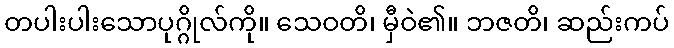
တပါးပါးသောပုဂ္ဂိုလ်ကို။ သေဝတိ၊ မှီဝဲ၏။ ဘဇတိ၊ ဆည်းကပ်